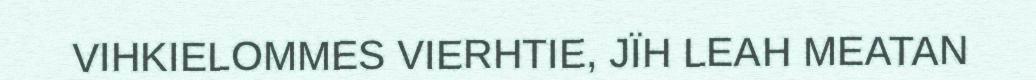
VIHKIELOMMES VIERHTIE, JÏH LEAH MEATAN